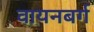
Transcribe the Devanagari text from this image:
वायनबर्ग